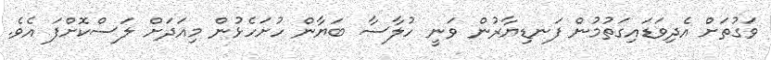
ވަގުތަށް އެދިވަޑައިގަތުމުން ފަނޑިޔާރުން ވަނީ ހުލާސާ ބަޔާން ހުށަހެޅުން މިއަދަށް ލަސްކޮށްފަ އެވެ.